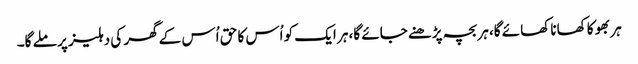
ہر بھوکا کھانا کھائے گا، ہر بچہ پڑھنے جائے گا، ہر ایک کو اُس کا حق اُس کے گھر کی دہلیز پر ملے گا۔